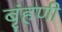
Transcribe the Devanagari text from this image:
बृंहणी